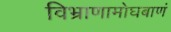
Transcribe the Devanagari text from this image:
विभ्राणामोघबाणं